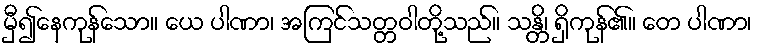
မှီ၍နေကုန်သော။ ယေ ပါဏာ၊ အကြင်သတ္တဝါတို့သည်။ သန္တိ၊ ရှိကုန်၏။ တေ ပါဏာ၊